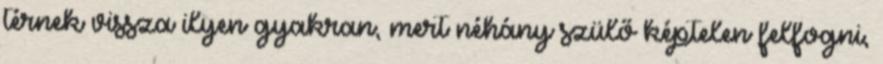
térnek vissza ilyen gyakran, mert néhány szülő képtelen felfogni,